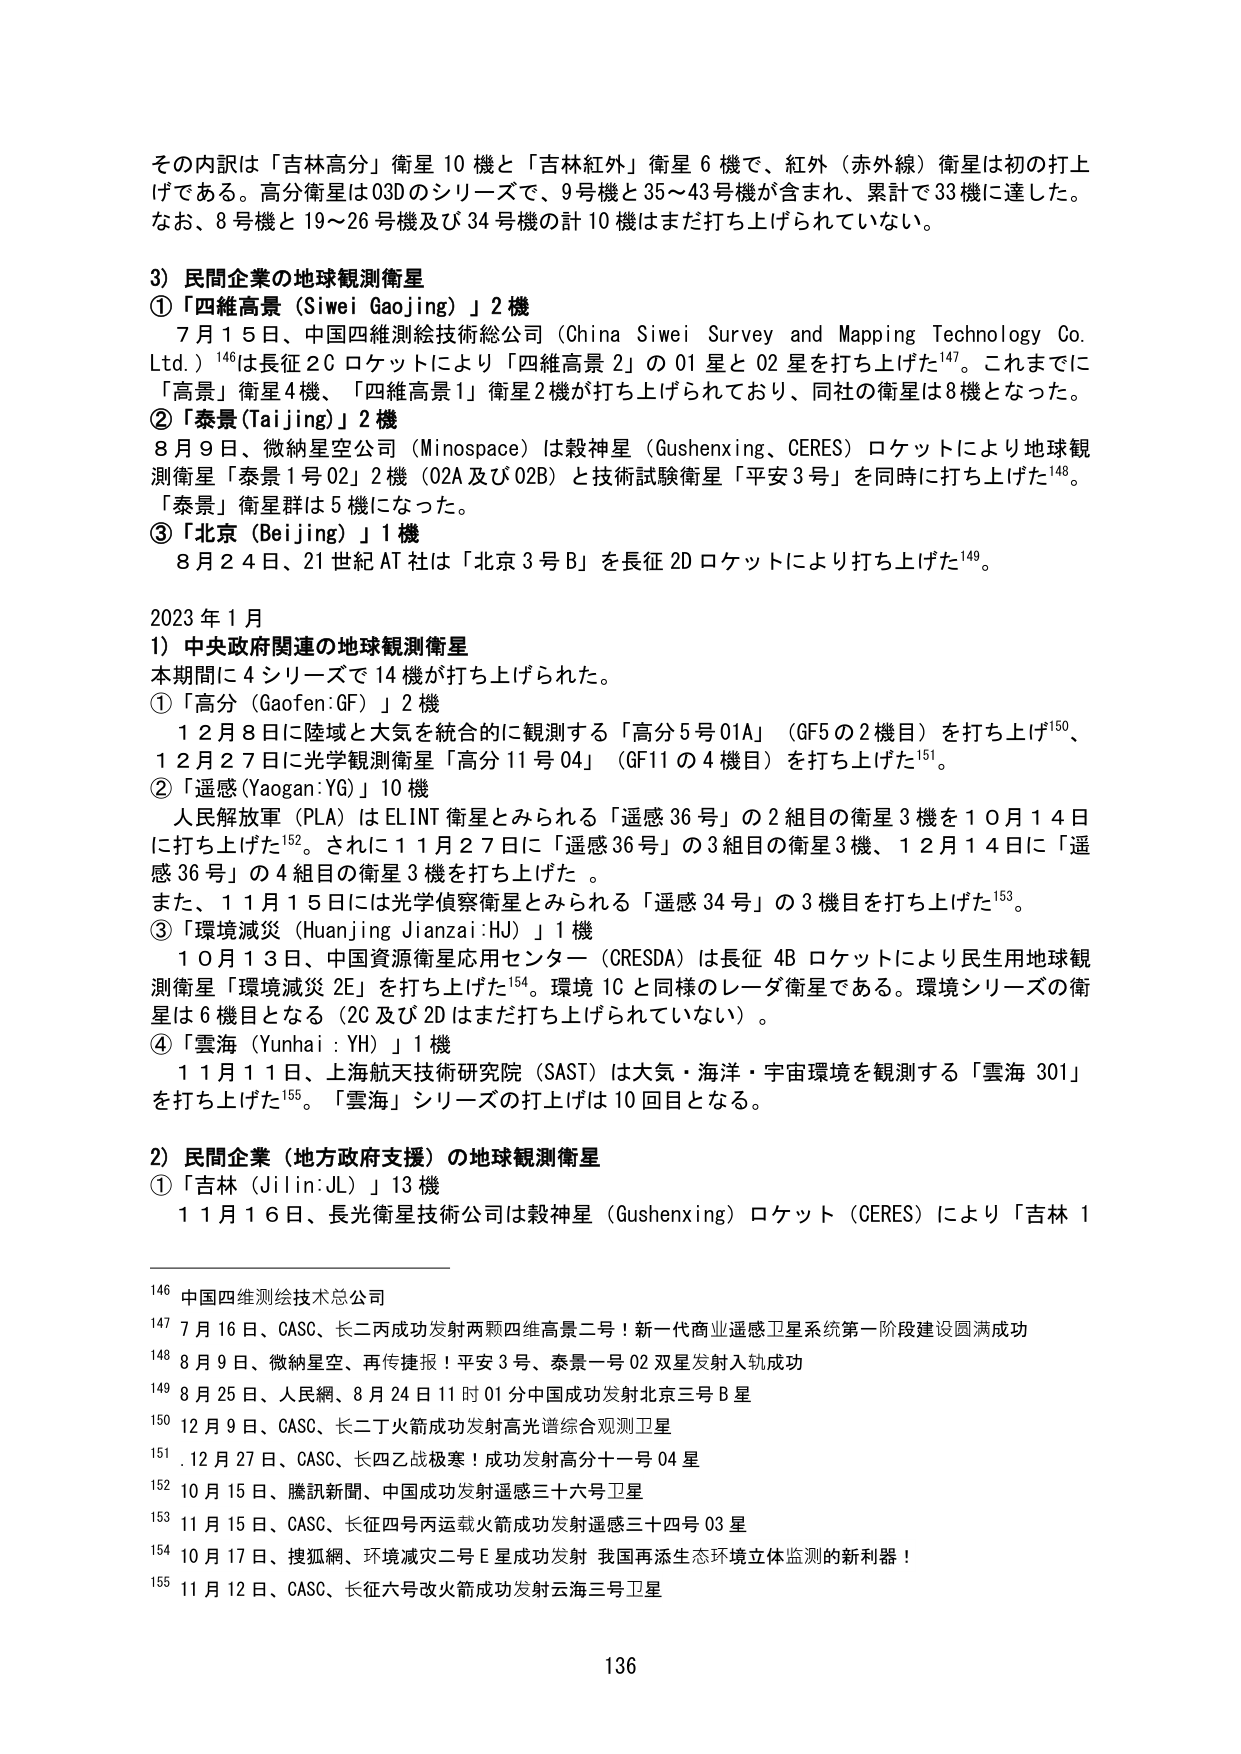
その内訳は「吉林高分」衛星10機と「吉林紅外」衛星6機で、紅外（赤外線）衛星は初の打上げである。高分衛星は03Dのシリーズで、9号機と35～43号機が含まれ、累計で33機に達した。なお、8号機と19～26号機及び34号機の計10機はまだ打ち上げられていない。

3）民間企業の地球観測衛星
①「四維高景（Siwei Gaojing）」2機
　7月15日、中国四維測絵技術総公司（China Siwei Survey and Mapping Technology Co. Ltd.）¹⁴⁶は長征2Cロケットにより「四維高景2」の01星と02星を打ち上げた¹⁴⁷。これまでに「高景」衛星4機、「四維高景1」衛星2機が打ち上げられており、同社の衛星は8機となった。
②「泰景（Taijing）」2機
　8月9日、微納星空公司（Minospace）は穀神星（Gushenxing、CERES）ロケットにより地球観測衛星「泰景1号02」2機（02A及び02B）と技術試験衛星「平安3号」を同時に打ち上げた¹⁴⁸。「泰景」衛星群は5機になった。
③「北京（Beijing）」1機
　8月24日、21世紀AT社は「北京3号B」を長征2Dロケットにより打ち上げた¹⁴⁹。

2023年1月
1）中央政府関連の地球観測衛星
　本期間に4シリーズで14機が打ち上げられた。
①「高分（Gaofen:GF）」2機
　　12月8日に陸域と大気を統合的に観測する「高分5号01A」（GF5の2機目）を打ち上げ¹⁵⁰、12月27日に光学観測衛星「高分11号04」（GF11の4機目）を打ち上げた¹⁵¹。
②「遥感（Yaogan:YG）」10機
　　人民解放軍（PLA）はELINT衛星とみられる「遥感36号」の2組目の衛星3機を10月14日に打ち上げた¹⁵²。さらに11月27日に「遥感36号」の3組目の衛星3機、12月14日に「遥感36号」の4組目の衛星3機を打ち上げた。
　　また、11月15日には光学偵察衛星とみられる「遥感34号」の3機目を打ち上げた¹⁵³。
③「環境減災（Huanjing Jianzai:HJ）」1機
　　10月13日、中国資源衛星応用センター（CRESDA）は長征4Bロケットにより民生用地球観測衛星「環境減災2E」を打ち上げた¹⁵⁴。環境1Cと同様のレーダ衛星である。環境シリーズの衛星は6機目となる（2C及び2Dはまだ打ち上げられていない）。
④「雲海（Yunhai:YH）」1機
　　11月11日、上海航天技術研究院（SAST）は大気・海洋・宇宙環境を観測する「雲海301」を打ち上げた¹⁵⁵。「雲海」シリーズの打上げは10回目となる。

2）民間企業（地方政府支援）の地球観測衛星
①「吉林（Jilin:JL）」13機
　　11月16日、長光衛星技術公司は穀神星（Gushenxing）ロケット（CERES）により「吉林1

¹⁴⁶ 中国四维测绘技术总公司
¹⁴⁷ 7月16日、CASC、长二丙成功发射两颗四维高景二号！新一代商业遥感卫星系统第一阶段建设圆满成功
¹⁴⁸ 8月9日、微纳星空、再传捷报！平安3号、泰景一号02双星发射入轨成功
¹⁴⁹ 8月25日、人民网、8月24日11时01分中国成功发射北京三号B星
¹⁵⁰ 12月9日、CASC、长二丁火箭成功发射高光谱综合观测卫星
¹⁵¹ 12月27日、CASC、长四乙战极寒！成功发射高分十一号04星
¹⁵² 10月15日、腾讯新闻、中国成功发射遥感三十六号卫星
¹⁵³ 11月15日、CASC、长征四号丙运载火箭成功发射遥感三十四号03星
¹⁵⁴ 10月17日、搜狐网、环境减灾二号E星成功发射 我国再添生态环境立体监测的新利器！
¹⁵⁵ 11月12日、CASC、长征六号改火箭成功发射云海三号卫星

136